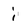
Character: i